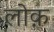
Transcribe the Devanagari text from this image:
लोक़